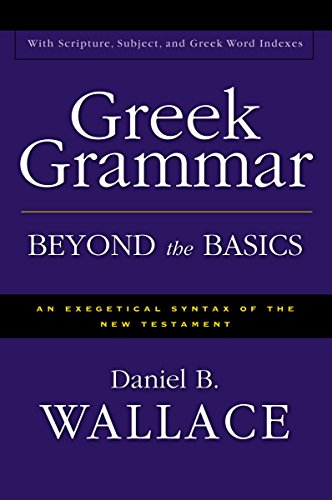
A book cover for Greek Grammar Beyond the Basics: An Exegetical Syntax of the New Testament with Scripture, Subject, and Greek Word Indexes; Daniel B. Wallace; Christian Books & Bibles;